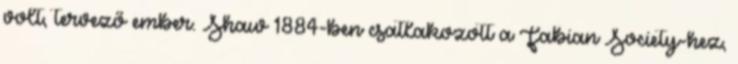
volt, tervező ember. Shaw 1884-ben csatlakozott a Fabian Society-hez,